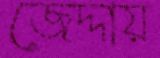
জেদ্দায়